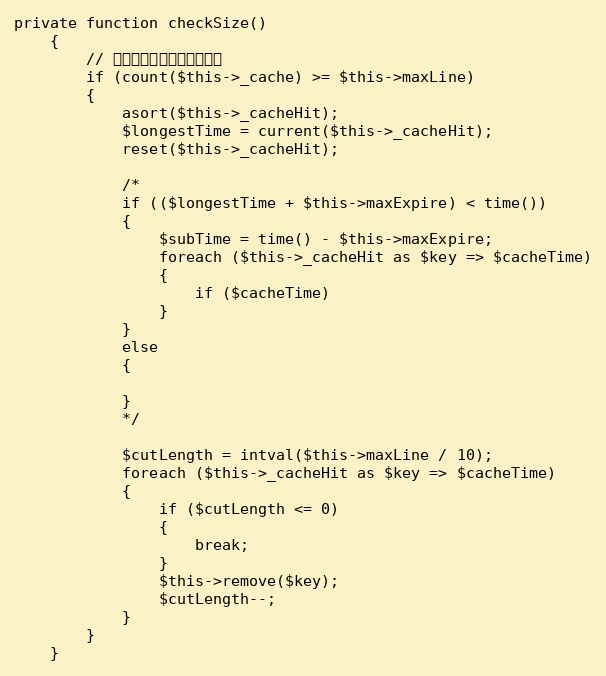
Language: PHP
private function checkSize()
    {
        // 到达缓存记录数的警戒线啦
        if (count($this->_cache) >= $this->maxLine)
        {
            asort($this->_cacheHit);
            $longestTime = current($this->_cacheHit);
            reset($this->_cacheHit);

            /*
            if (($longestTime + $this->maxExpire) < time())
            {
                $subTime = time() - $this->maxExpire;
                foreach ($this->_cacheHit as $key => $cacheTime)
                {
                    if ($cacheTime)
                }
            }
            else
            {

            }
            */

            $cutLength = intval($this->maxLine / 10);
            foreach ($this->_cacheHit as $key => $cacheTime)
            {
                if ($cutLength <= 0)
                {
                    break;
                }
                $this->remove($key);
                $cutLength--;
            }
        }
    }